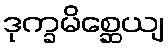
ဒုက္ခမိစ္ဆေယျ